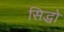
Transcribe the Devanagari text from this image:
सिद्धो